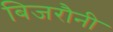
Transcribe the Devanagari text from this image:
बिजरौनी